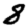
Digit: 8